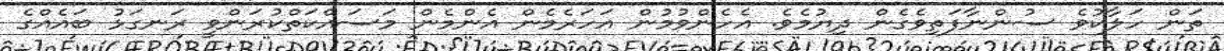
ތަން ހަލާކުވެ ސުންނާފަތިވެގެން ދިޔުމެވެ. އެހެންވުމުން އަހަރެމެން އެންމެން މަސައްކަތްކުރަންވީ ރަނގަޅު ބައެއްގެ